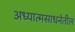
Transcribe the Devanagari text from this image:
अध्यात्मसाधनेतील